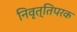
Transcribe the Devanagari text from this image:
निवृत्तिपरक